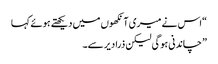
“اس نے میری آ نکھوں میں دیکھتے ہوئے کہا
” چاندنی ہوگی لیکن ذرا دیر سے۔